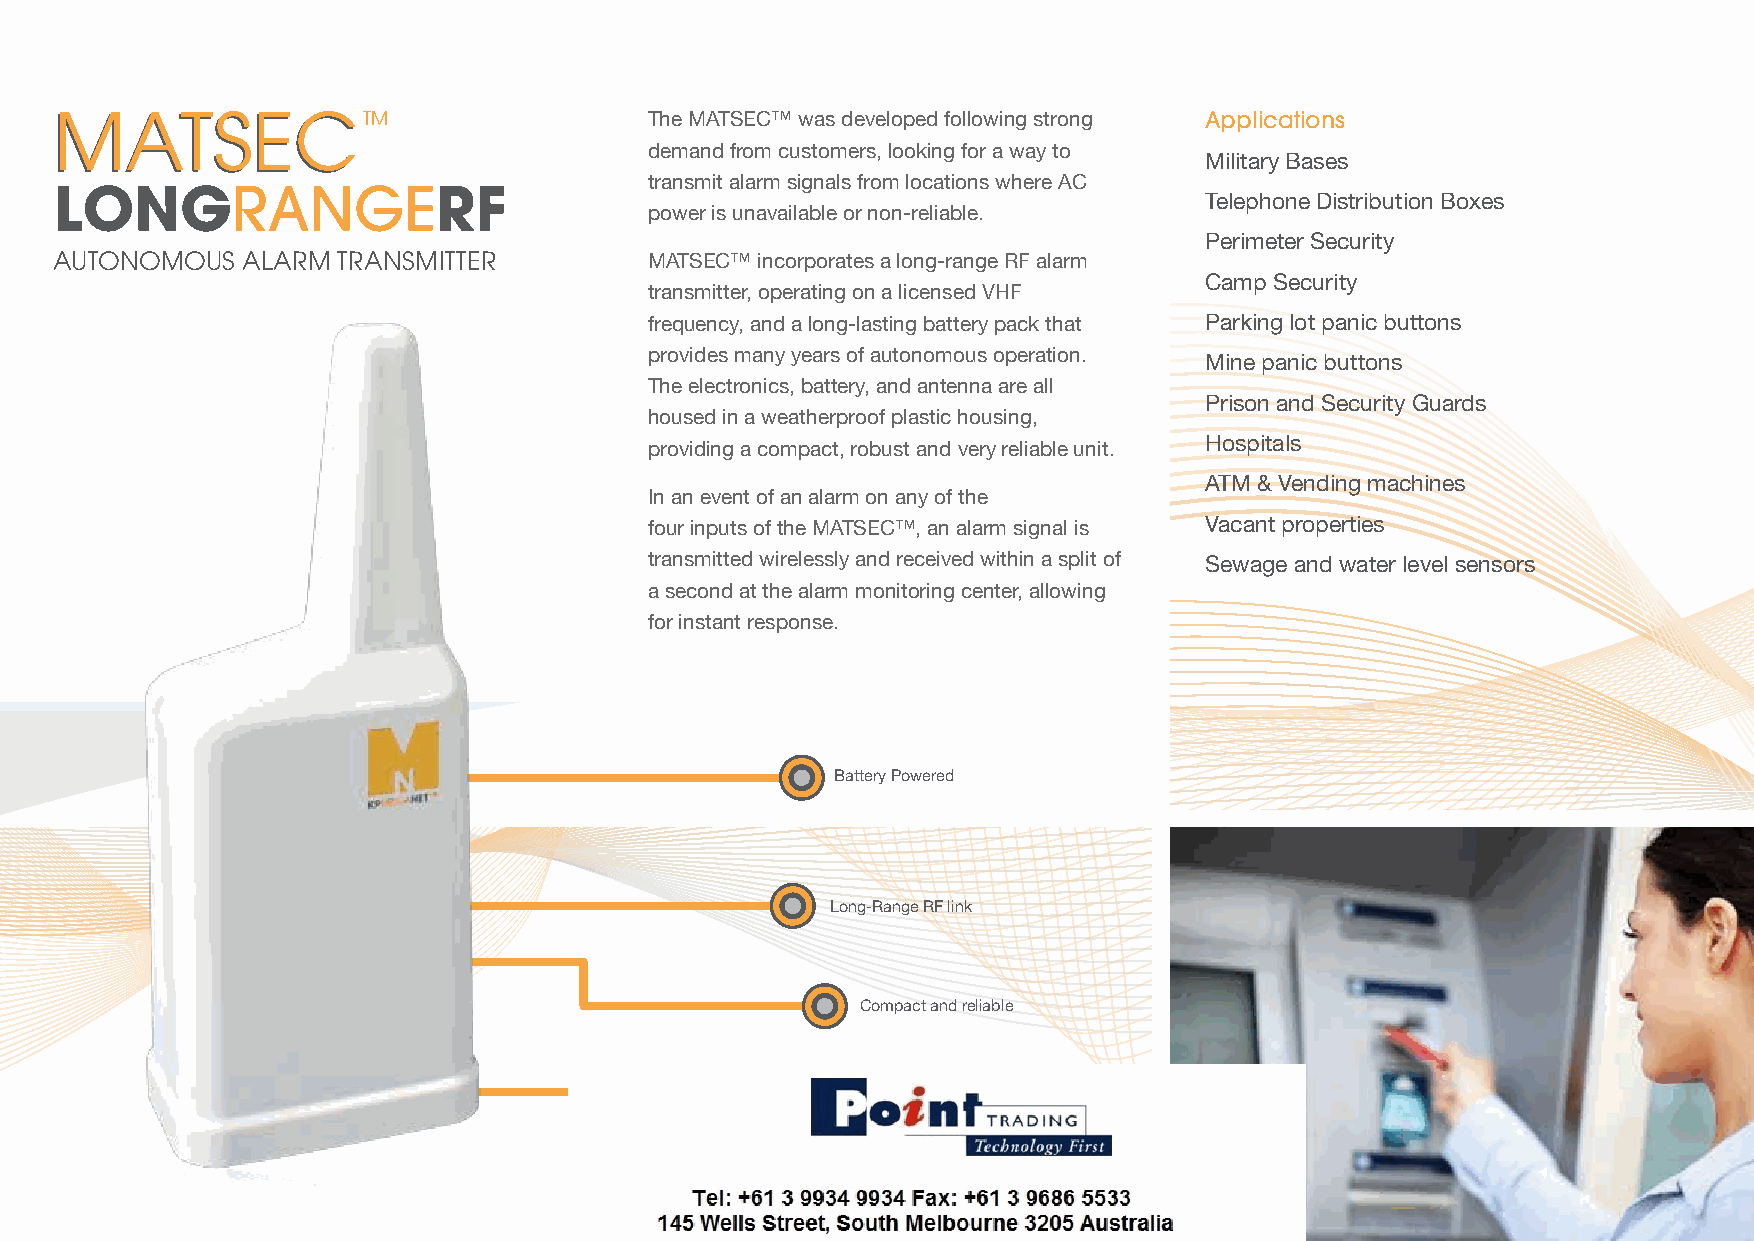
MMAATTSSEECCTM                          The MATSEC™ was developed following strong Applications
 demand from customers, looking for a way to
 Military Bases
 transmit alarm signals from locations where AC
 LONGRANGERF
 Telephone Distribution Boxes
 power is unavailable or non-reliable.
 Perimeter Security
 AUTONOMOUS  ALARM TRANSMITTER
 MATSEC™ incorporates a long-range RF alarm
 Camp Security
 transmitter, operating on a licensed VHF
 frequency, and a long-lasting battery pack that Parking lot panic buttons
 provides many years of autonomous operation.
 Mine panic buttons
 The electronics, battery, and antenna are all
 Prison and Security Guards
 housed in a weatherproof plastic housing,
 providing a compact, robust and very reliable unit. Hospitals
 ATM & Vending machines
 In an event of an alarm on any of the
 four inputs of the MATSEC™, an alarm signal is Vacant properties
 transmitted wirelessly and received within a split of Sewage and water level sensors
 a second at the alarm monitoring center, allowing
 for instant response.
 Battery Powered
 Long-Range RF link
 Compact and reliable
 4 Inputs